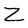
Character: Z